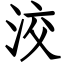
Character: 洨